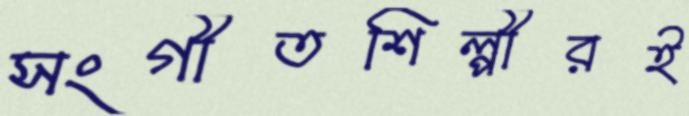
সংগীতশিল্পীরই